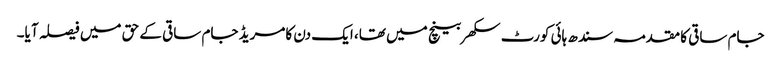
جام ساقی کا مقدمہ سندھ ہائی کورٹ سکھر بینچ میں تھا، ایک دن کامریڈ جام ساقی کے حق میں فیصلہ آ یا۔